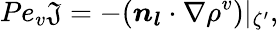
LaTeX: Pe_{v}\mathfrak{J}=-(\boldsymbol{n_{l}}\cdot\nabla\rho^{v})|_{\zeta^{\prime}},